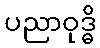
ပညာဝုဒ္ဓိ